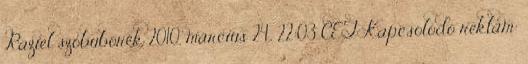
Raziel szóbuborék 2010. március 24., 22:03 CET Kapcsolódó reklám: